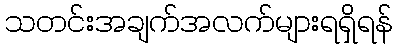
သတင်းအချက်အလက်များရရှိရန်